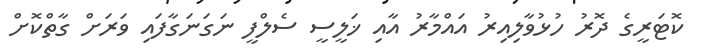
ކޮޓަރީގެ ދޮރު ހުޅުވާލިއިރު އައްމާރު އާއި ޚަލީސީ ސެލްފީ ނަގަނަގާފައި ވަރަށް ގާތްކޮށް